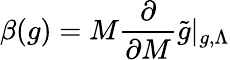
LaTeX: \beta(g)=M\frac{\partial}{\partial M}\tilde{g}|_{g,\Lambda}